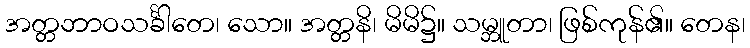
အတ္တဘာဝသင်္ခါတေ၊ သော။ အတ္တနိ၊ မိမိ၌။ သမ္ဘူတာ၊ ဖြစ်ကုန်၏။ တေန၊